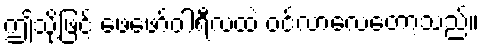
ဤသို့ဖြင့် ဖေဖော်ဝါရီလထဲ ဝင်လာလေတော့သည်။